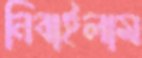
নিবাইলাম